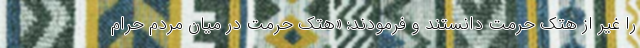
را غیر از هتک حرمت دانستند و فرمودند: «هتک حرمت در میان مردم حرام